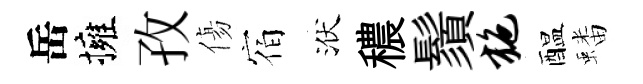
岳擁孜傷宿洑穠鬚施醖蟠